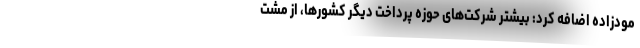
مودزاده اضافه کرد: بیشتر شرکت‌های حوزه پرداخت دیگر کشورها، از مشت